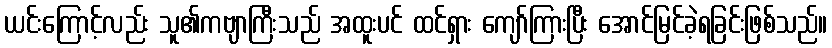
ယင်းကြောင့်လည်း သူ၏ကဗျာကြီးသည် အထူးပင် ထင်ရှား ကျော်ကြားပြီး အောင်မြင်ခဲ့ရခြင်းဖြစ်သည်။